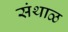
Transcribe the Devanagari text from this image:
संथाळ